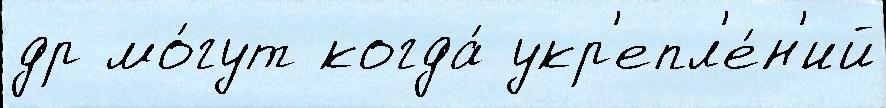
др мо́гут когда́ укр'епл'е́н'ий